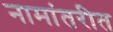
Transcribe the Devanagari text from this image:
नामांतरीत